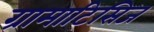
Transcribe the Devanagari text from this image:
ग्रामाटिसिज